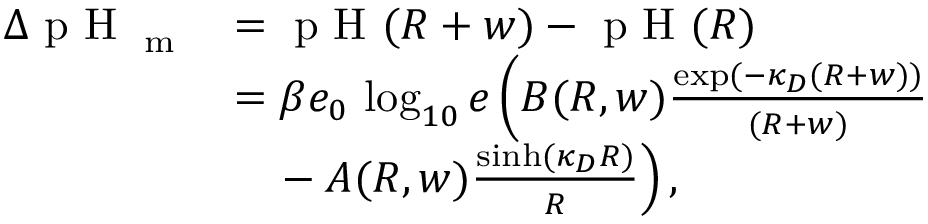
\begin{array} { r l } { \Delta \textrm { p H } _ { \textrm { m } } } & { = \textrm { p H } ( R + w ) - \textrm { p H } ( R ) } \\ & { = \beta e _ { 0 } \, \log _ { 1 0 } { e } \left( B ( R , w ) \frac { \exp ( - \kappa _ { D } ( R + w ) ) } { ( R + w ) } \right. } \\ & { \left. \phantom { = } - A ( R , w ) \frac { \sinh ( \kappa _ { D } R ) } { R } \right) , } \end{array}